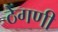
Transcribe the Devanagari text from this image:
ठेंगणी